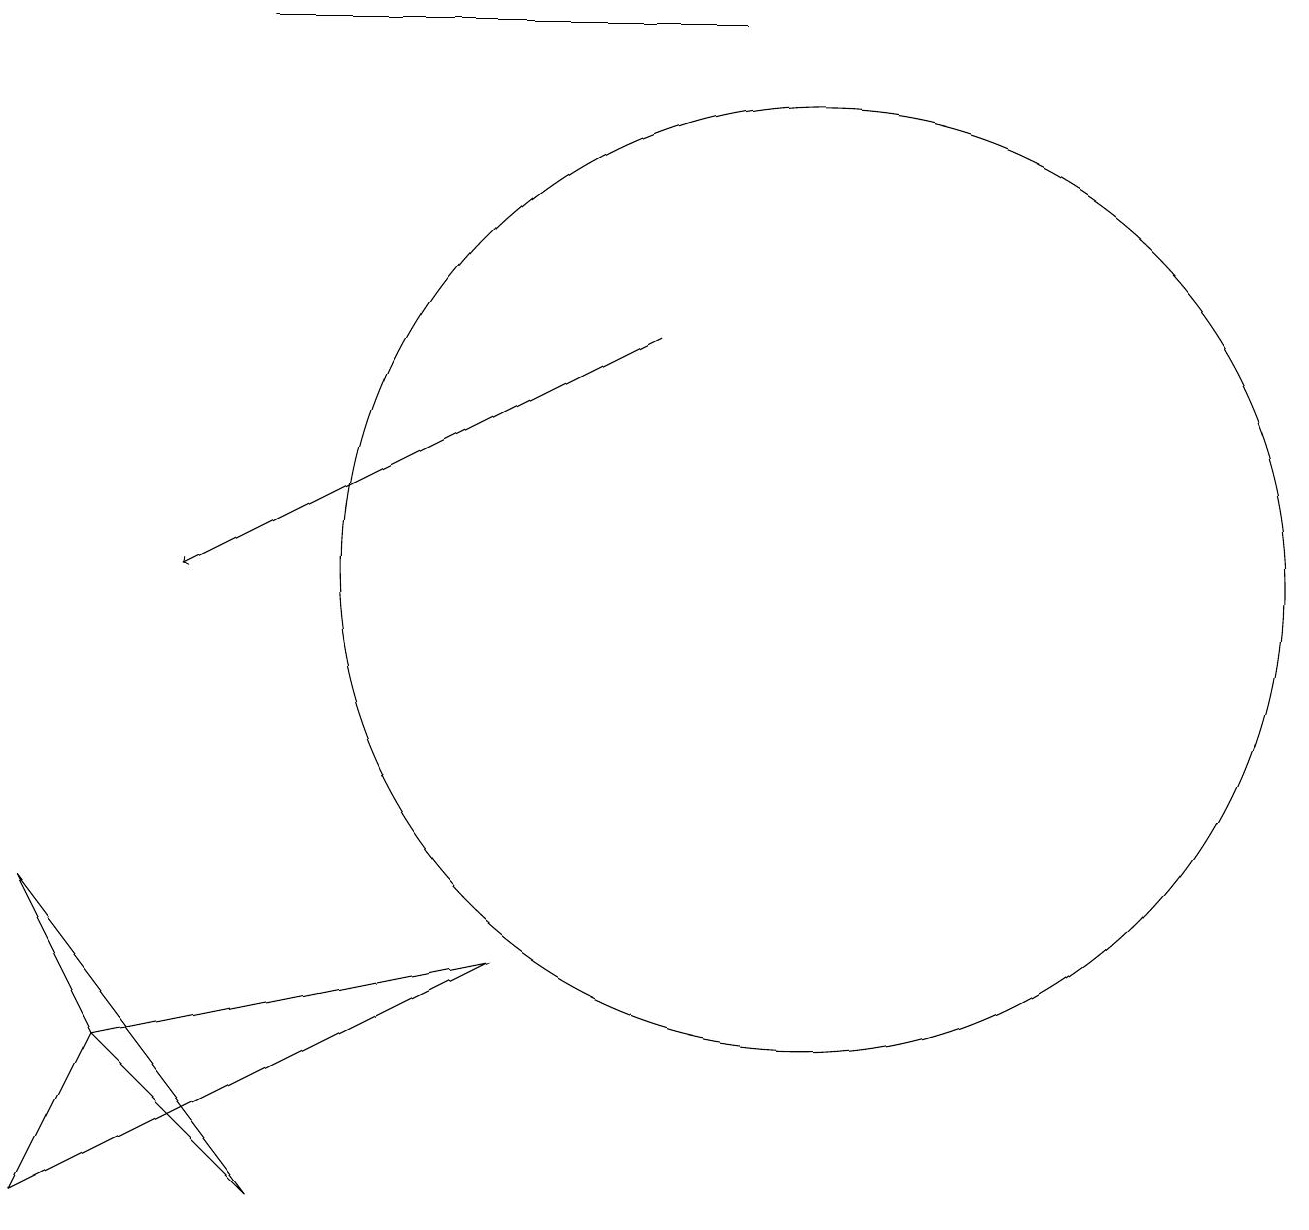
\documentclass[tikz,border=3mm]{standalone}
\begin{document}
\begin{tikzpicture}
\draw[->] (8,14) -- (2,11);
\draw (0,3) -- (6,6) -- (1,5) -- cycle;
\draw (3,3) -- (1,5) -- (0,7) -- cycle;
\draw (10,11) circle (6);
\draw (3,18) rectangle (9,18);
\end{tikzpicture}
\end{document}